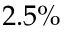
2 . 5 \%